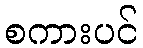
စကားပင်